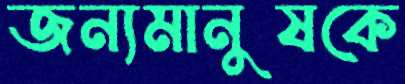
জন্যমানুষকে